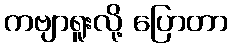
ကဗျာရူးလို့ ပြောတာ